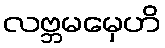
လဗ္ဘမမှေဟိ